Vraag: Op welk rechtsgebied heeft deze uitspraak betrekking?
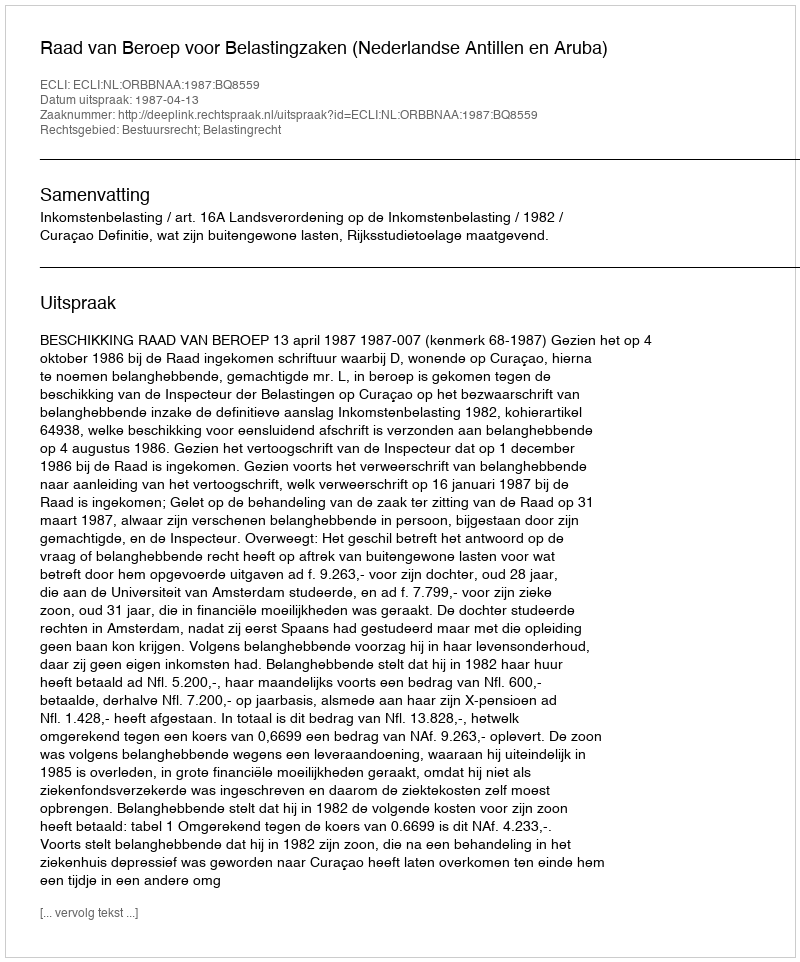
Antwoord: Bestuursrecht; Belastingrecht